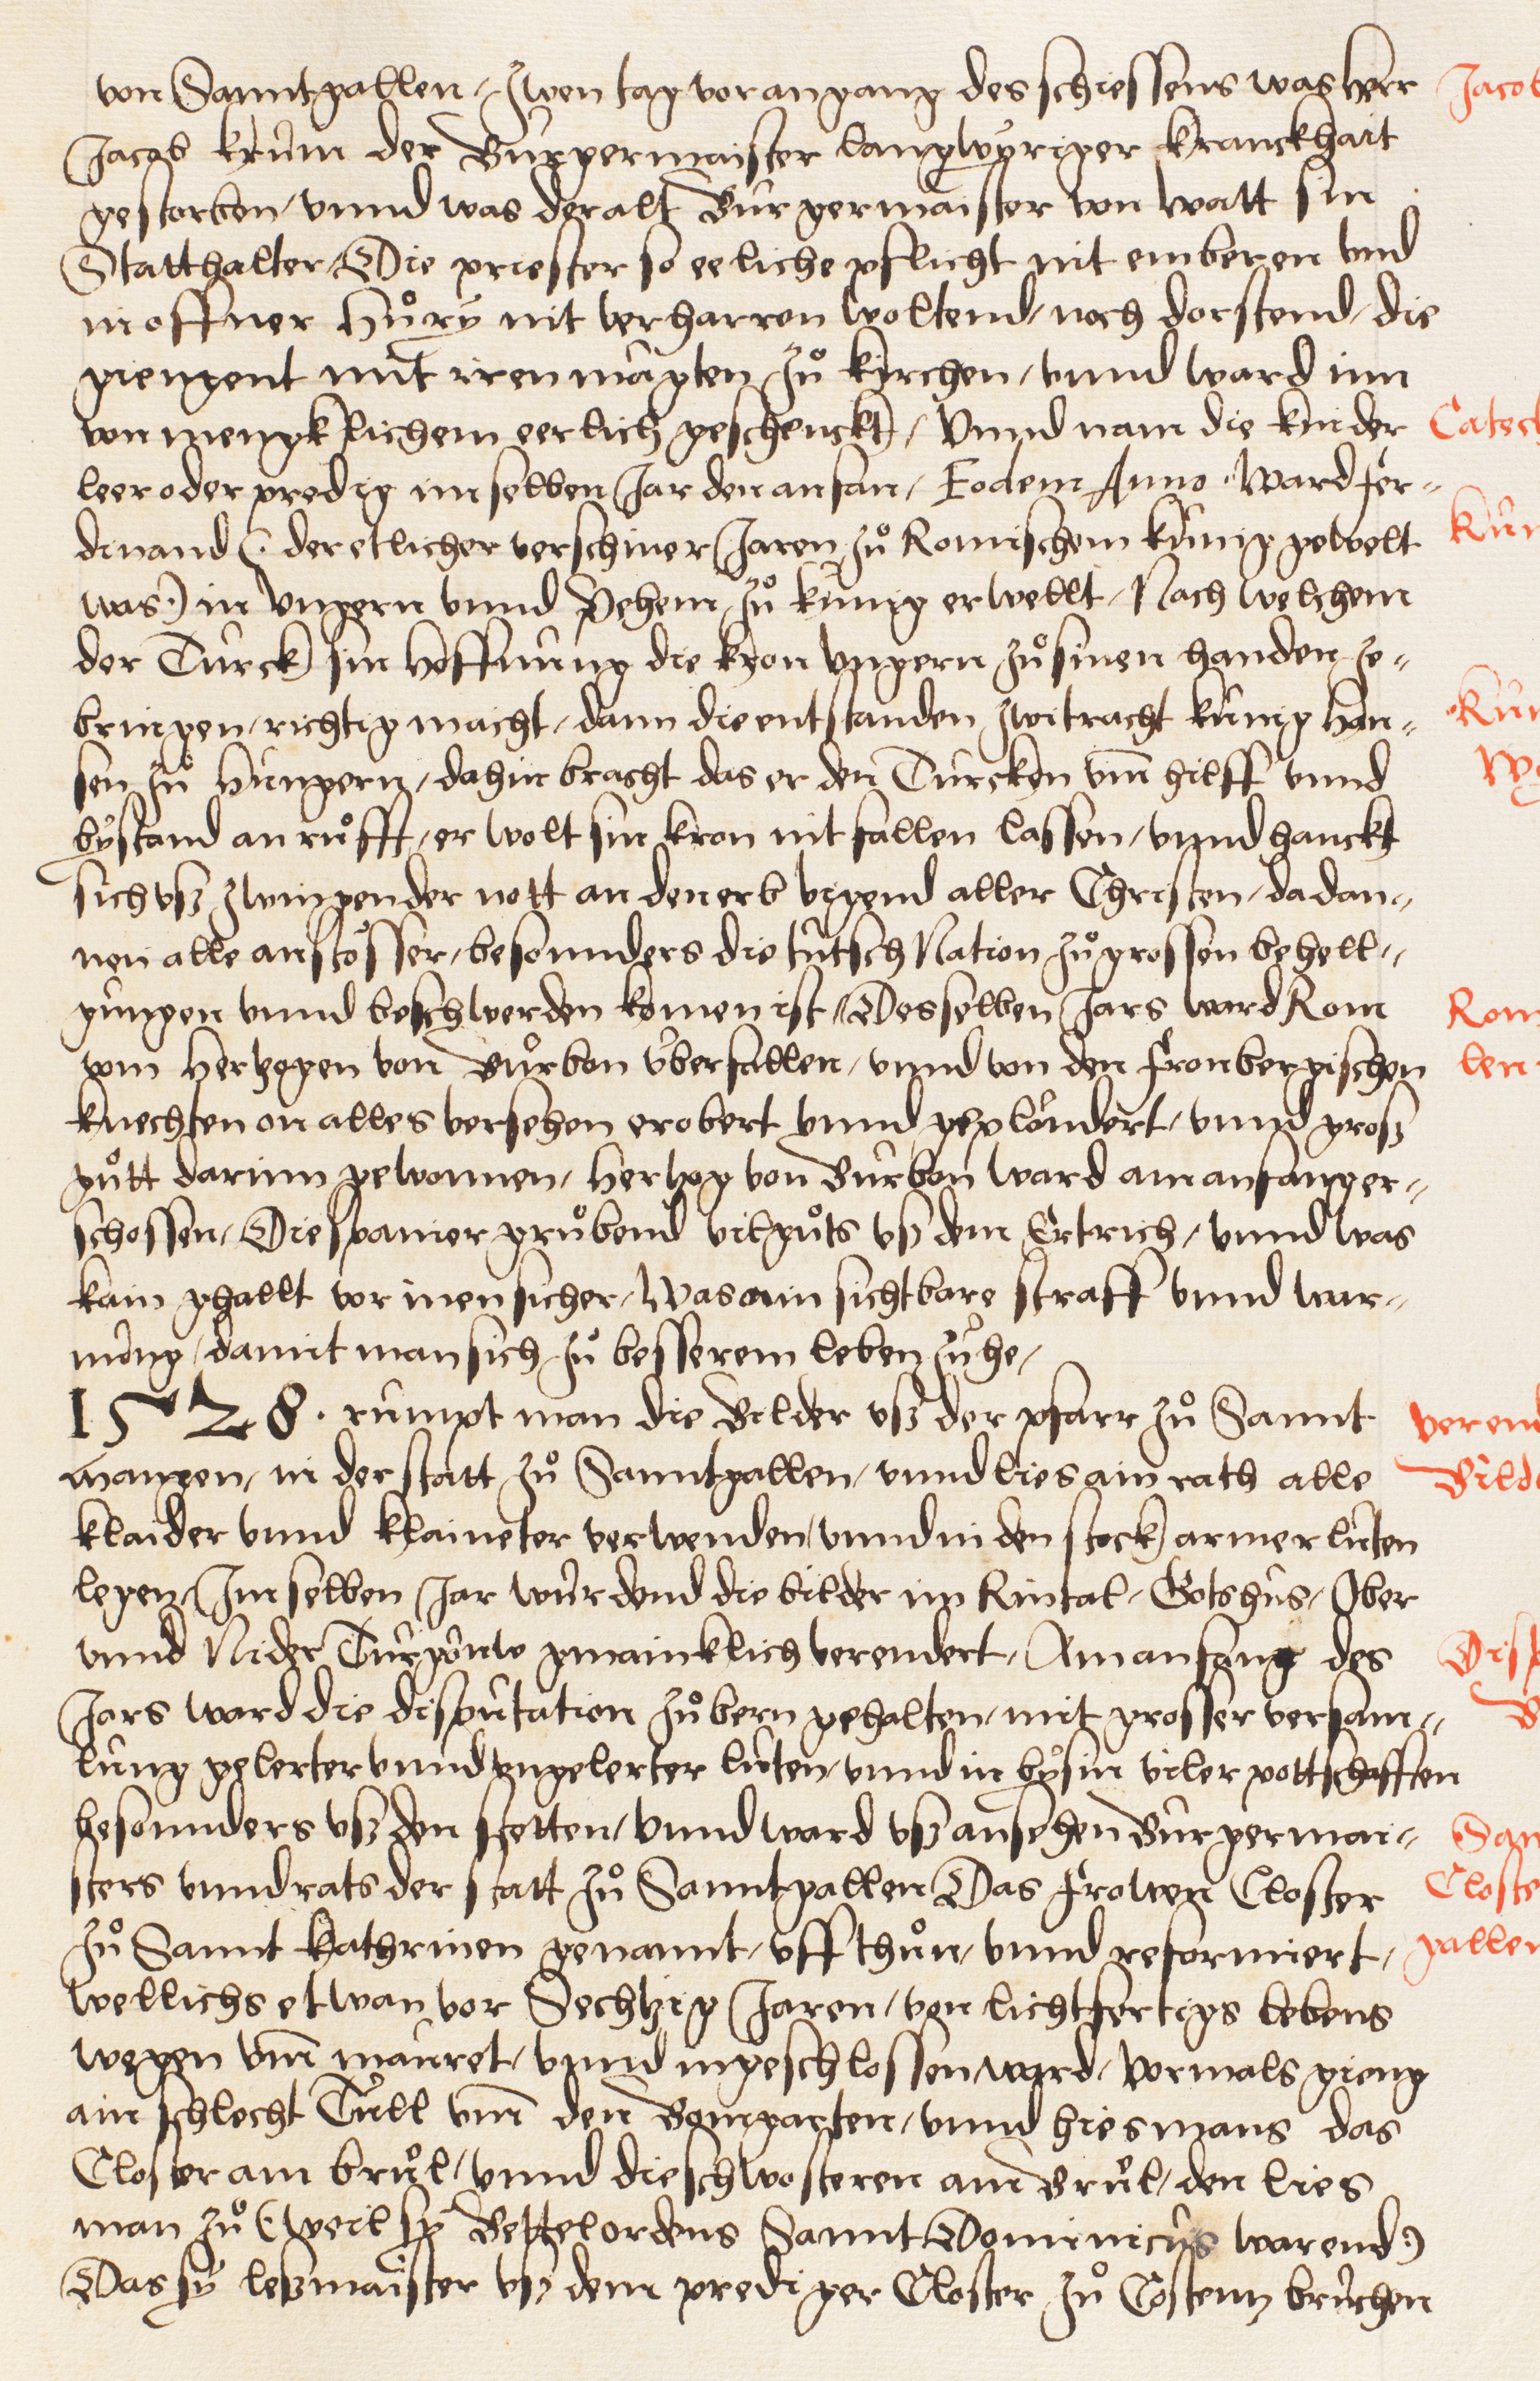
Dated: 1549–1549